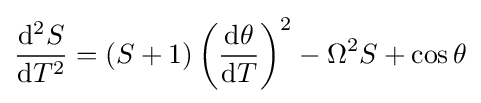
{\frac {\mathrm {d} ^{2}S}{\mathrm {d} T^{2}}}=\left(S+1\right)\left({\frac {\mathrm {d} \theta }{\mathrm {d} T}}\right)^{2}-\Omega ^{2}S+\cos \theta